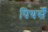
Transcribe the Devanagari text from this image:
पियर्सें